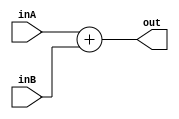
`timescale 1ns / 1ps
/*

Group Names
Alan Manuel Loreto Corndidez: 1/3 Effort
Haseeb Sarwar Irfan: 1/3 Effort
Chris W Bremser: 1/3 Effort

*/
module Adder_32Bit(
    inA,
    inB,
    out
    );
    
    input [31:0]inA;
    input [31:0]inB;
    output reg [31:0]out;
    
    
    always @(*)
    begin
    
        out <= inA + inB;
    
    end

    
endmodule